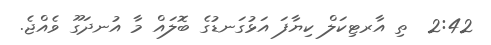
2:42  ތި އާރޓިކަލް ކިޔާފަ އަޅުގަނޑުގެ ބޮލައް މާ އުނދަގޫ ވެއްޖެ.